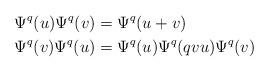
LaTeX: \begin{align*}&\Psi^q(u) \Psi^q(v) = \Psi^q(u+v) \\&\Psi^q(v) \Psi^q(u) = \Psi^q(u)\Psi^q(qvu)\Psi^q(v)\end{align*}